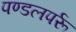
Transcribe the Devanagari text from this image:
पण्डलपर्रू